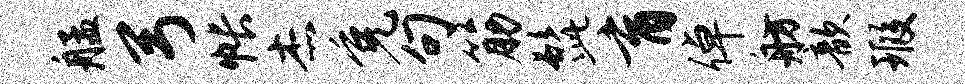
艋弓帐杰免句筋髭育倬舫歆瑕